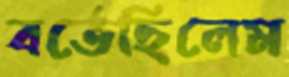
বর্তেছিলেম